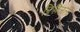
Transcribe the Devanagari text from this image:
फ्रिन्जिला